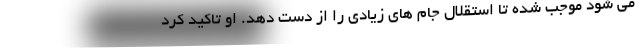
می شود موجب شده تا استقلال جام های زیادی را از دست دهد. او تاکید کرد